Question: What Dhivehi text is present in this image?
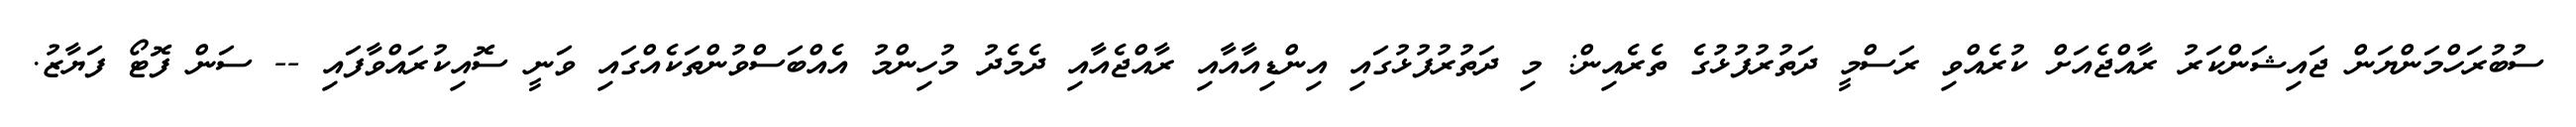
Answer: ސުބުރަހްމަންޔަން ޖައިޝަންކަރު ރާއްޖެއަށް ކުރެއްވި ރަސްމީ ދަތުރުފުޅުގެ ތެރެއިން: މި ދަތުރުފުޅުގައި އިންޑިއާއާއި ރާއްޖެއާއި ދެމެދު މުހިންމު އެއްބަސްވުންތަކެއްގައި ވަނީ ސޮއިކުރައްވާފައި -- ސަން ފޮޓޯ ފަޔާޒު.